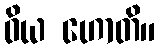
ဝိယ ဟောတိ။